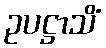
ဥပဋ္ဌာသိံ